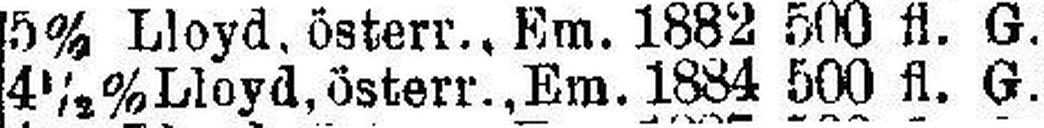
4½% Lloyd, österr., Em. 1884 500 fl. G.